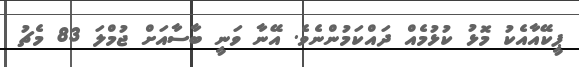
ޕީކޭއާއެކު މޮޅު ކުޅުމެއް ދައްކަމުންނެވެ. އޭނާ ވަނީ ބާސާއަށް ޖުމްލަ 83 މެޗު